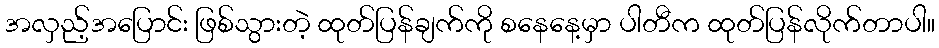
အလှည့်အပြောင်း ဖြစ်သွားတဲ့ ထုတ်ပြန်ချက်ကို စနေနေ့မှာ ပါတီက ထုတ်ပြန်လိုက်တာပါ။